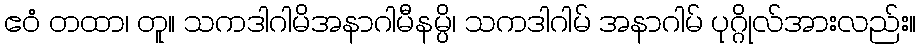
ဧဝံ တထာ၊ တူ။ သကဒါဂါမိအနာဂါမီနမ္ပိ၊ သကဒါဂါမ် အနာဂါမ် ပုဂ္ဂိုလ်အားလည်း။